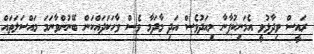
ރައީސް ވިދާޅުވީ އެމަނިކުފާނާ މިއަދުވެސް އަދި މާދަމާ ވެސް ވާހަކަދައްކަން ބޭނުންވާނަމަ މައްސަލަތައް